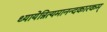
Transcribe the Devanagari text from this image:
ध्यायेन्नित्यमानन्दकारकम्